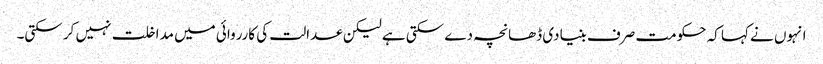
انہوں نے کہا کہ حکومت صرف بنیادی ڈھانچہ دے سکتی ہے لیکن عدالت کی کارروائی میں مداخلت نہیں کر سکتی۔